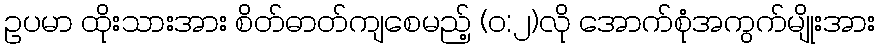
ဥပမာ ထိုးသားအား စိတ်ဓာတ်ကျစေမည့် (ဝ:၂)လို အောက်စုံအကွက်မျိုးအား